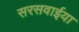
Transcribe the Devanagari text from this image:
सरसवाईया